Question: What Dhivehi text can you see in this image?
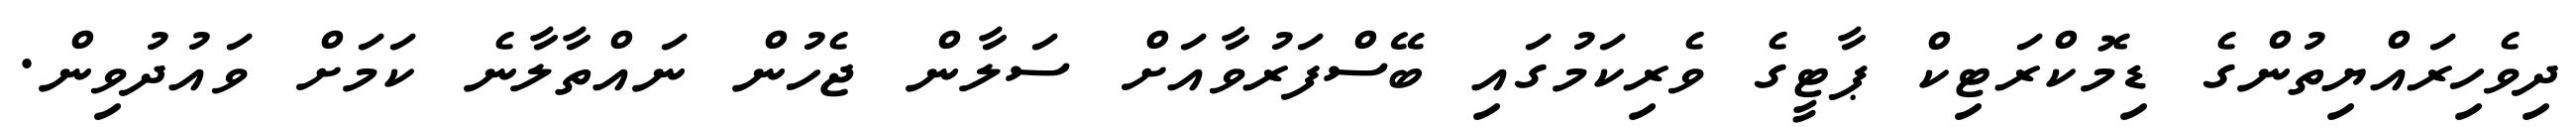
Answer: ދިވެހިރައްޔިތުންގެ ޑިމޮކްރަޓިކް ޕާޓީގެ ވެރިކަމުގައި ބޭސްފަރުވާއަށް ސަލާން ޖެހުން ނައްތާލާނެ ކަމަށް ވައުދުވިން.